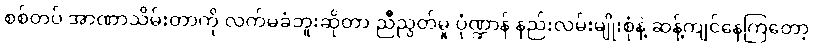
စစ်တပ် အာဏာသိမ်းတာကို လက်မခံဘူးဆိုတာ ညီညွတ်မှု ပုံဏ္ဍာန် နည်းလမ်းမျိုးစုံနဲ့ ဆန့်ကျင်နေကြတော့